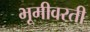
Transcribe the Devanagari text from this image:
भूमीवरती